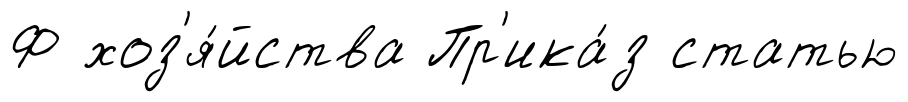
Ф хоз'я́йства Пр'ика́з статью